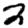
Digit: 2